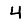
Digit: 4